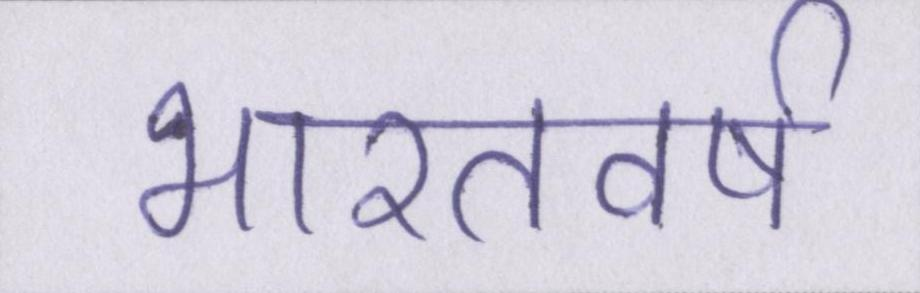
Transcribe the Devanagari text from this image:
भारतवर्ष